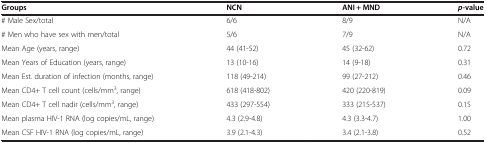
<table><thead><tr><td><b>Groups</b></td><td><b>NCN</b></td><td><b>ANI + MND</b></td><td><b><i>p-</i>value</b></td></tr></thead><tbody><tr><td># Male Sex/total</td><td>6/6</td><td>8/9</td><td>N/A</td></tr><tr><td># Men who have sex with men/total</td><td>5/6</td><td>7/9</td><td>N/A</td></tr><tr><td>Mean Age (years, range)</td><td>44 (41-52)</td><td>45 (32-62)</td><td>0.72</td></tr><tr><td>Mean Years of Education (years, range)</td><td>13 (10-16)</td><td>14 (9-18)</td><td>0.31</td></tr><tr><td>Mean Est. duration of infection (months, range)</td><td>118 (49-214)</td><td>99 (27-212)</td><td>0.46</td></tr><tr><td>Mean CD4+ T cell count (cells/mm<sup>3</sup>, range)</td><td>618 (418-802)</td><td>420 (220-819)</td><td>0.09</td></tr><tr><td>Mean CD4+ T cell nadir (cells/mm<sup>3</sup>, range)</td><td>433 (297-554)</td><td>333 (215-537)</td><td>0.15</td></tr><tr><td>Mean plasma HIV-1 RNA (log copies/mL, range)</td><td>4.3 (2.9-4.8)</td><td>4.3 (3.3-4.7)</td><td>1.00</td></tr><tr><td>Mean CSF HIV-1 RNA (log copies/mL, range)</td><td>3.9 (2.1-4.3)</td><td>3.4 (2.1-3.8)</td><td>0.52</td></tr></tbody></table>